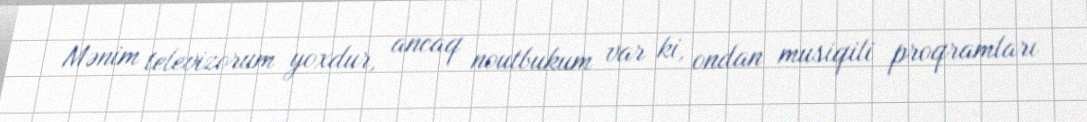
Mənim televizorum yoxdur, ancaq noutbukum var ki, ondan musiqili proqramları